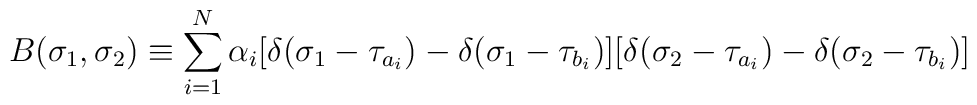
B(\sigma_1,\sigma_2)\equiv\sum_{i=1}^N\alpha_i[\delta(\sigma_1-\tau_{a_i})-\delta(\sigma_1-\tau_{b_i})][\delta(\sigma_2-\tau_{a_i})-\delta(\sigma_2-\tau_{b_i})]